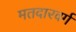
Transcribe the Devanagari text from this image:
मतदारवर्ग